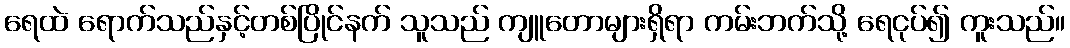
ရေထဲ ရောက်သည်နှင့်တစ်ပြိုင်နက် သူသည် ကျူတောများရှိရာ ကမ်းဘက်သို့ ရေငုပ်၍ ကူးသည်။